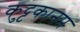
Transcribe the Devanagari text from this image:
कुट्टकानम